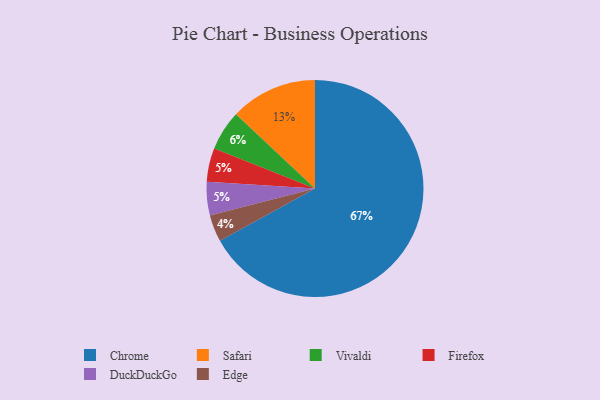
{"axis": {"x": "Category", "y": "Percentage"}, "legend": ["Chrome", "DuckDuckGo", "Edge", "Firefox", "Safari", "Vivaldi"], "data": [{"x": "Vivaldi", "y": 6, "type": "Vivaldi"}, {"x": "Chrome", "y": 67, "type": "Chrome"}, {"x": "Safari", "y": 13, "type": "Safari"}, {"x": "Firefox", "y": 5, "type": "Firefox"}, {"x": "Edge", "y": 4, "type": "Edge"}, {"x": "DuckDuckGo", "y": 5, "type": "DuckDuckGo"}]}